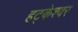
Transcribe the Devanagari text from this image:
हट्केश्वर